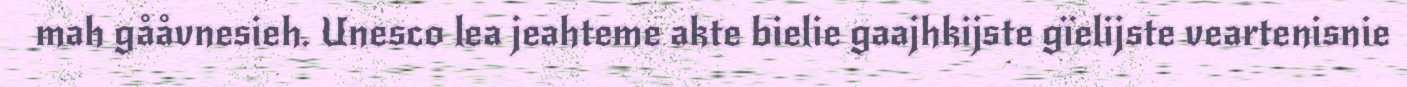
mah gååvnesieh. Unesco lea jeahteme akte bielie gaajhkijste gïelijste veartenisnie